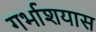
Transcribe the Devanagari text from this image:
गर्भाशयास